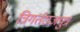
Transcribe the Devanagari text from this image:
त्रिगर्तराजपुत्र